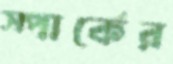
স্পার্কের